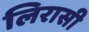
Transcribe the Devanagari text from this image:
लिरासी